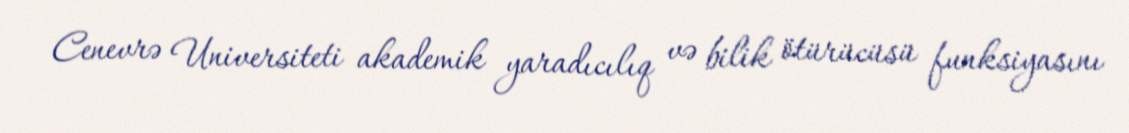
Cenevrə Universiteti akademik yaradıcılıq və bilik ötürücüsü funksiyasını